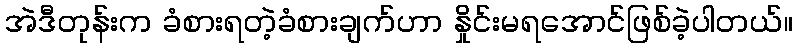
အဲဒီတုန်းက ခံစားရတဲ့ခံစားချက်ဟာ နှိုင်းမရအောင်ဖြစ်ခဲ့ပါတယ်။